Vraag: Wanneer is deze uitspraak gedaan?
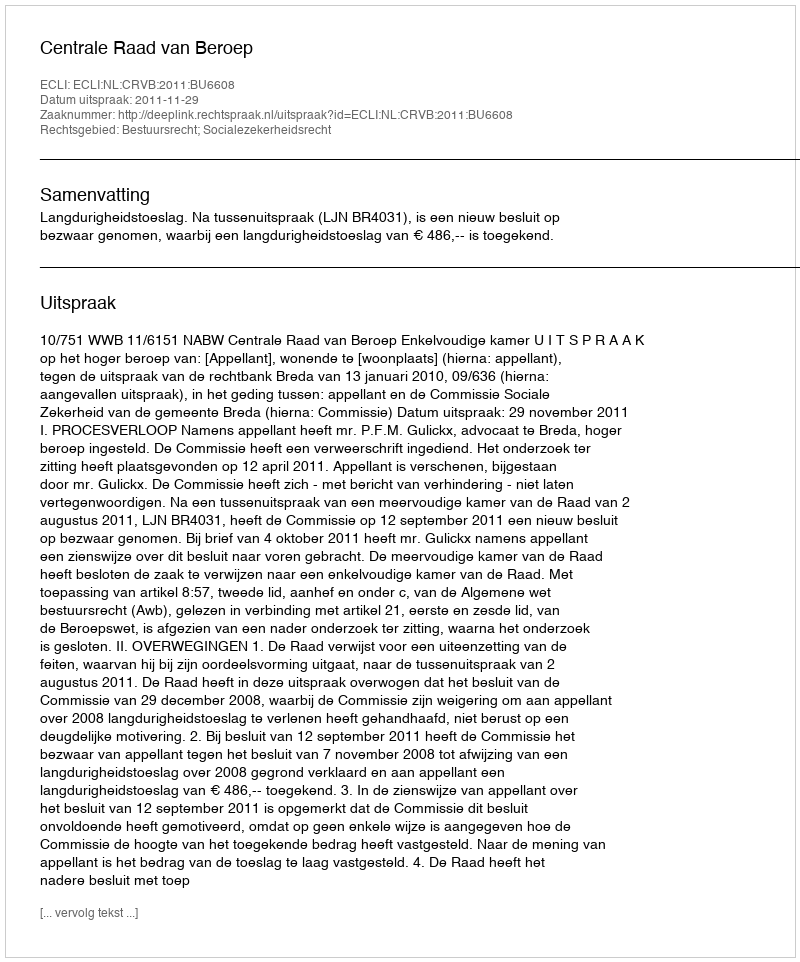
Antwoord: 2011-11-29